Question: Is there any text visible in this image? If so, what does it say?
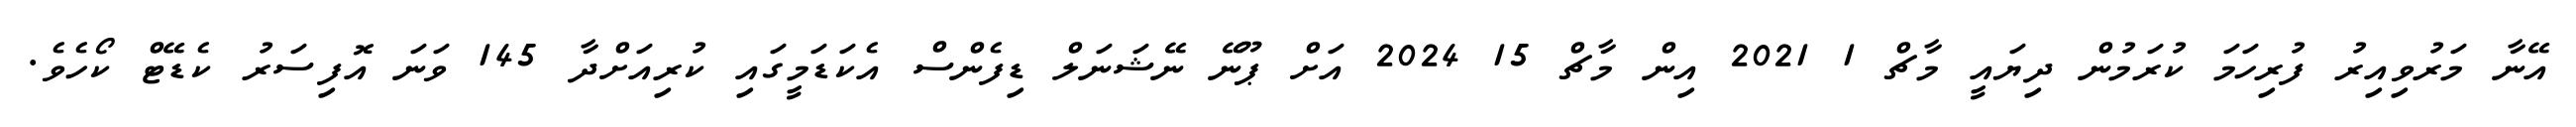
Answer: އޭނާ މަރުވިއިރު ފުރިހަމަ ކުރަމުން ދިޔައީ މާޗް 1 2021 އިން މާޗް 15 2024 އަށް ޕޫނޭ ނޭޝަނަލް ޑިފެންސް އެކަޑަމީގައި ކުރިއަށްދާ 145 ވަނަ އޮފިސަރު ކެޑޭޓް ކޯހެވެ.